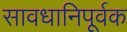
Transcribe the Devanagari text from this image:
सावधानिपूर्वक